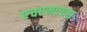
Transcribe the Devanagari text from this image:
एचएमएएस